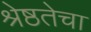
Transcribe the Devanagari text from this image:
श्रेष्ठतेचा